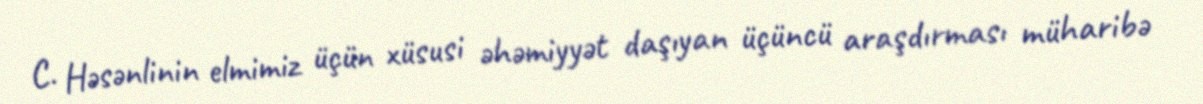
C. Həsənlinin elmimiz üçün xüsusi əhəmiyyət daşıyan üçüncü araşdırması müharibə